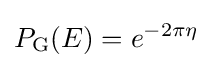
P_{\text{G}}(E)=e^{-2\pi \eta }